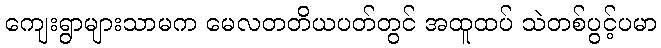
ကျေးရွာများသာမက မေလတတိယပတ်တွင် အထူထပ် သဲတစ်ပွင့်ပမာ